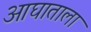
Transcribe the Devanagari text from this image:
आघाताला